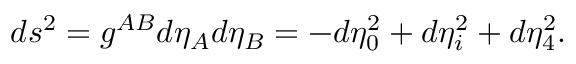
d s ^ { 2 } = g ^ { A B } d \eta _ { A } d \eta _ { B } = - d \eta _ { 0 } ^ { 2 } + d \eta _ { i } ^ { 2 } + d \eta _ { 4 } ^ { 2 } .